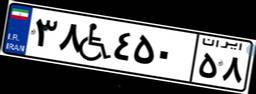
۰۰W۴۳۵۸۴